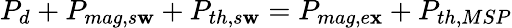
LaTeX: P_{d}+P_{mag,s\mathbf{w}}+P_{th,s\mathbf{w}}=P_{mag,e\mathbf{x}}+P_{th,MSP}